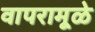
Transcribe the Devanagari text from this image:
वापरामूळे